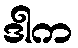
ဒါက